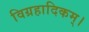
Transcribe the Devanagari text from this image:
विग्रहादिकम्।